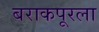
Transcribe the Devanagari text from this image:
बराकपूरला